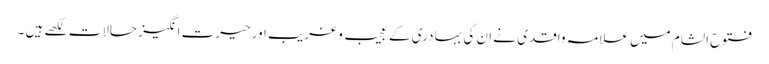
فتوح الشام میں علامہ واقدی نے ان کی بہادری کے عجیب و غریب اور حیرت انگیز حالات لکھے ہیں ۔